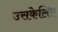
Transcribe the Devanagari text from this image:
उसकेलिए